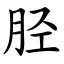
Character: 胫